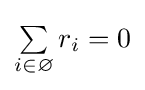
\textstyle \sum \limits _{i\in \varnothing }r_{i}=0